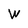
Character: W